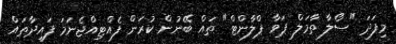
މިފަދަ "ސޯލާ ތާމަލް ޕަވާ ޕްލާންޓް" ތައް ބޭނުން ކުރަން ފެއްޓިއްޖެނަމަ ފައިދާތައް